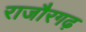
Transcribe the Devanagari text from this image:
राजौरगढ़